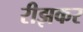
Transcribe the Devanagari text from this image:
रीझकर